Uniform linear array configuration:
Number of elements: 24
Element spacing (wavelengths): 0.25
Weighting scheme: exponential
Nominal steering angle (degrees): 60
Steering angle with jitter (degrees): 59.15
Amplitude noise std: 0.05
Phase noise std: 0.05

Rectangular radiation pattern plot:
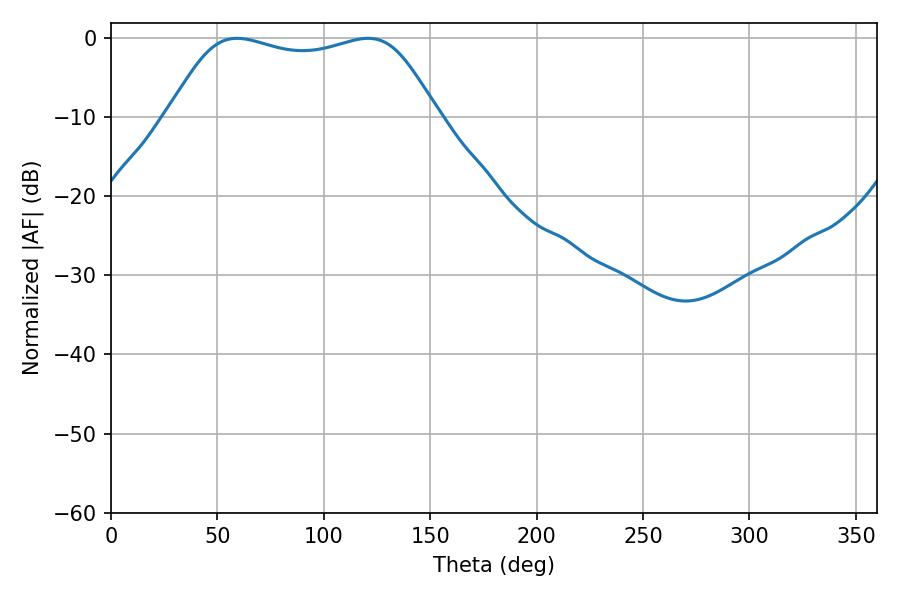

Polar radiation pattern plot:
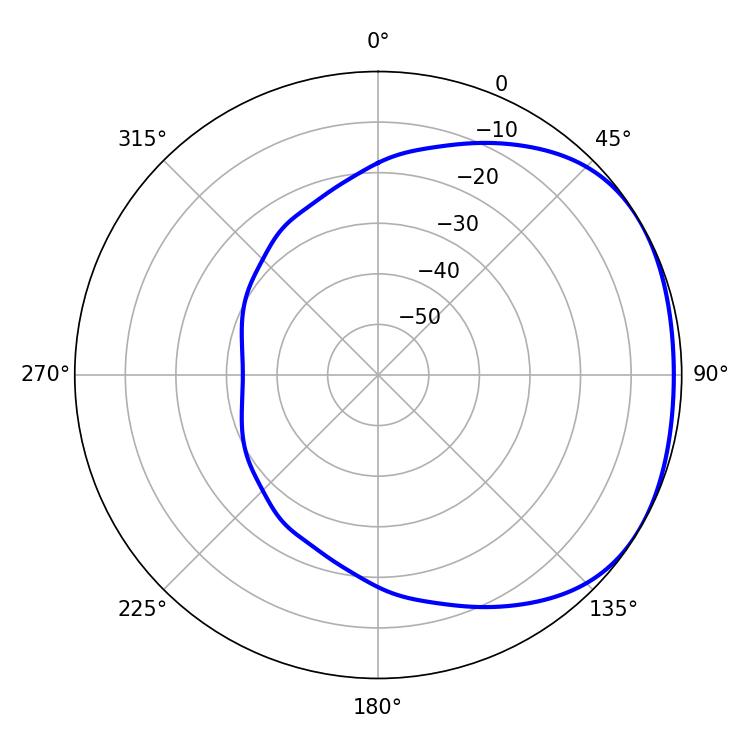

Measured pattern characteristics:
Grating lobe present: FALSE
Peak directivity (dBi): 1.734
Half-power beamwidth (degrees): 97.56
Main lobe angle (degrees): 59.22